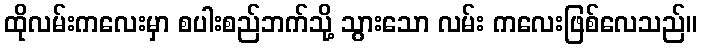
ထိုလမ်းကလေးမှာ စပါးစည်ဘက်သို့ သွားသော လမ်း ကလေးဖြစ်လေသည်။